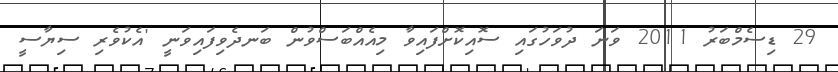
29 ޑިސެމްބަރު 2011 ވަނަ ދުވަހުގައި ސޮއިކޮށްފައިވާ މިއެއްބަސްވުން ބަނދެވިފައިވަނީ 'އެކުވެރި ސިޔާސީ